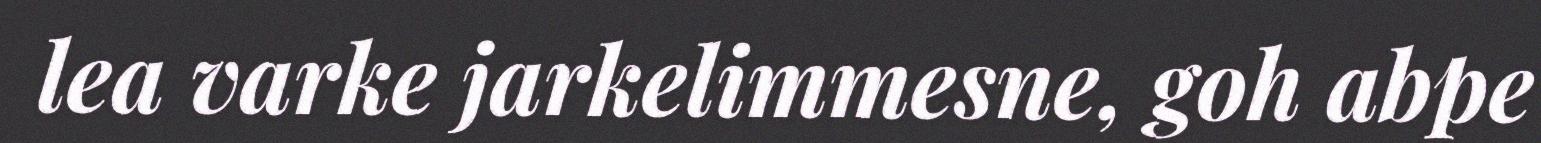
lea varke jarkelimmesne, goh abpe